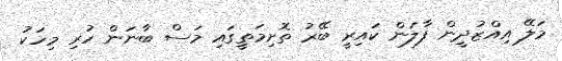
މަލޭ އިއްޒުދީން ފާލަން ކައިރީ ބޭރު ތޮށިމަތީގައި މަސް ބާނަން ހުރި މިހަކު